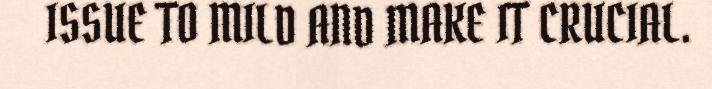
ISSUE TO MILD AND MAKE IT CRUCIAL.